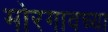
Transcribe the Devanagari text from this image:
मोरगावच्या